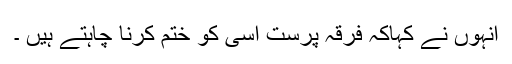
انہوں نے کہاکہ فرقہ پرست اسی کو ختم کرنا چاہتے ہیں ۔